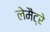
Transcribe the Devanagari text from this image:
लेमैट्रे